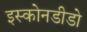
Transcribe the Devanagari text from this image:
इस्कोनडीडो